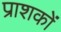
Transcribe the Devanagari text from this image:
प्राशकों